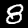
Label: 8